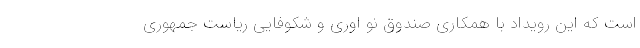
است که این رویداد با همکاری صندوق نو اوری و شکوفایی ریاست جمهوری